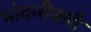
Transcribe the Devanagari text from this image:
भोकरीबारी